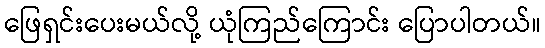
ဖြေရှင်းပေးမယ်လို့ ယုံကြည်ကြောင်း ပြောပါတယ်။